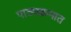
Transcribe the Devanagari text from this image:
पाठ्यक्रमात